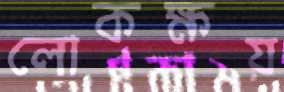
লোকক্ষয়